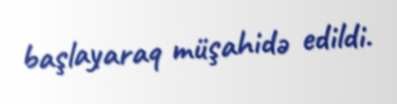
başlayaraq müşahidə edildi.